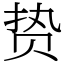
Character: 贽